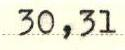
30,31